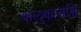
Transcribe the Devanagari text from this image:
बालुकाराशि